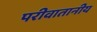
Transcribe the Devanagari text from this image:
परीवातानीय